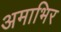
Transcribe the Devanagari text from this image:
अमाभिर